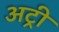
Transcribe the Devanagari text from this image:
अट्री